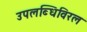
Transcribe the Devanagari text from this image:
उपलब्धिविरल